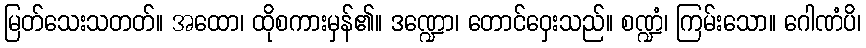
မြတ်သေးသတတ်။ အထော၊ ထိုစကားမှန်၏။ ဒဏ္ဍော၊ တောင်ဝှေးသည်။ စဏ္ဍံ၊ ကြမ်းသော။ ဂေါဏံပိ၊